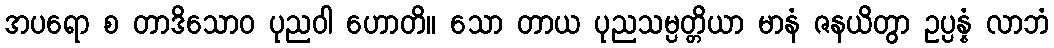
အပရော စ တာဒိသောဝ ပုညဝါ ဟောတိ။ သော တာယ ပုညသမ္ပတ္တိယာ မာနံ ဇနယိတွာ ဥပ္ပန္နံ လာဘံ